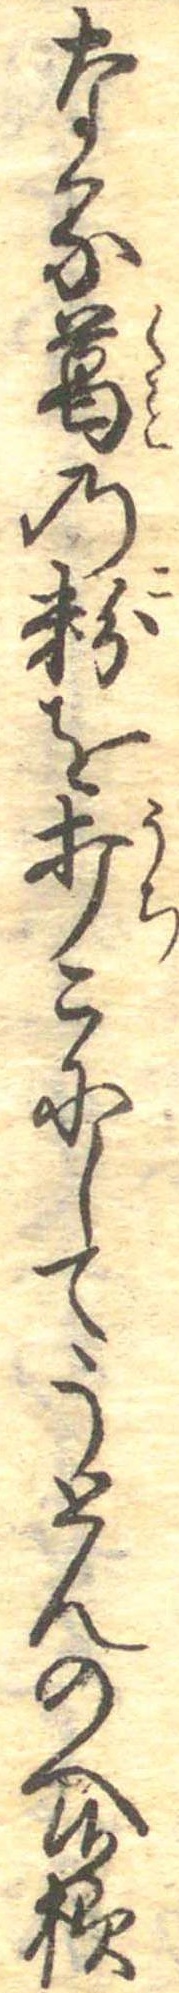
なる葛の粉を打こにしてうとんのへ候様